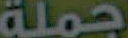
جملة